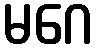
မဂေ